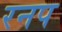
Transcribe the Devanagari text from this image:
रनप